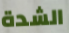
الشدة